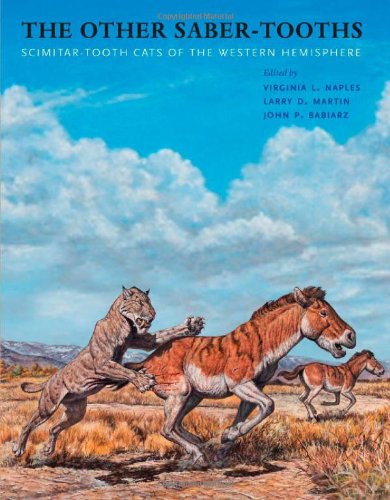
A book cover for The Other Saber-Tooths: Scimitar-Tooth Cats of the Western Hemisphere; Science & Math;